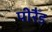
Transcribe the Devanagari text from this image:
पीरैँड